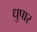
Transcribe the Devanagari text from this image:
धुपार